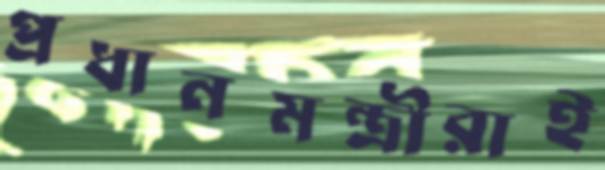
প্রধানমন্ত্রীরাই